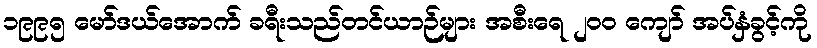
၁၉၉၅ မော်ဒယ်အောက် ခရီးသည်တင်ယာဉ်များ အစီးရေ ၂ဝဝ ကျော် အပ်နှံခွင့်ကို